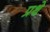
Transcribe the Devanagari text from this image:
प्रथे